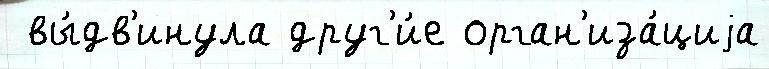
 вы́дв'инула друг'и́е орган'иза́циjа